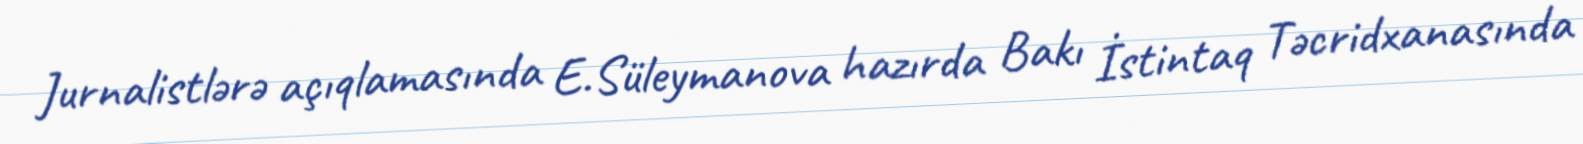
Jurnalistlərə açıqlamasında E.Süleymanova hazırda Bakı İstintaq Təcridxanasında